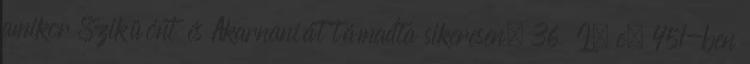
amikor Sziküónt és Akarnaniát támadta sikeresen. 36 I. e. 451-ben